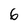
Character: 6